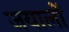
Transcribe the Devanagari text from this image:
जयालों